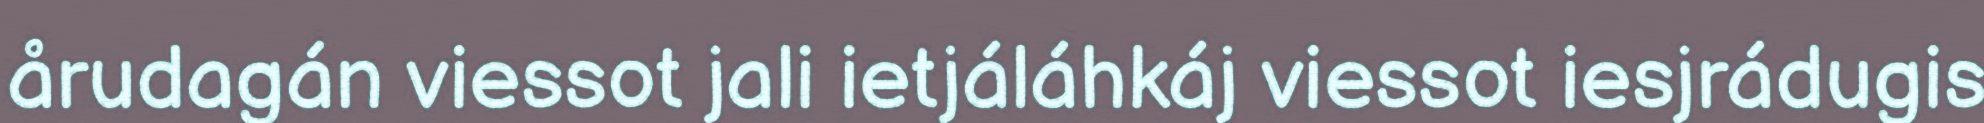
årudagán viessot jali ietjáláhkáj viessot iesjrádugis